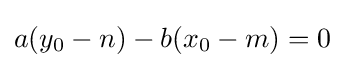
a(y_{0}-n)-b(x_{0}-m)=0